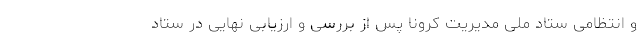
و انتظامی ستاد ملی مدیریت کرونا پس از بررسی و ارزیابی نهایی در ستاد